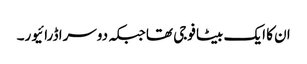
ان کا ایک بیٹا فوجی تھا جبکہ دوسرا ڈرائیور۔